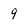
Character: 9